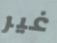
غير